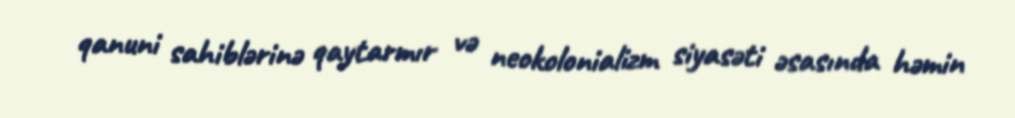
qanuni sahiblərinə qaytarmır və neokolonializm siyasəti əsasında həmin